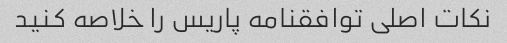
نکات اصلی توافقنامه پاریس را خلاصه کنید